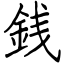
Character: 銭